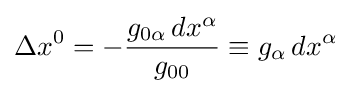
\Delta x^{0}=-{\frac {g_{0\alpha }\,dx^{\alpha }}{g_{00}}}\equiv g_{\alpha }\,dx^{\alpha }